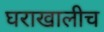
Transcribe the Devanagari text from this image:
घराखालीच